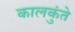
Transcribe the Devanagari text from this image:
कालकुंते